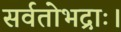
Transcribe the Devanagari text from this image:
सर्वतोभद्राः।